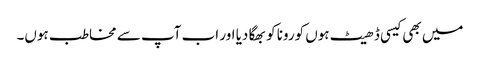
میں بھی کیسی ڈھیٹ ہوں کورونا کو بھگا دیا اور اب آپ سے مخاطب ہوں۔